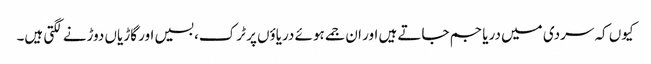
کیوں کہ سردی میں دریا جم جاتے ہیں اور ان جمے ہوئے دریاؤں پر ٹرک، بسیں اور گاڑیاں دوڑنے لگتی ہیں۔